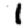
Digit: 1